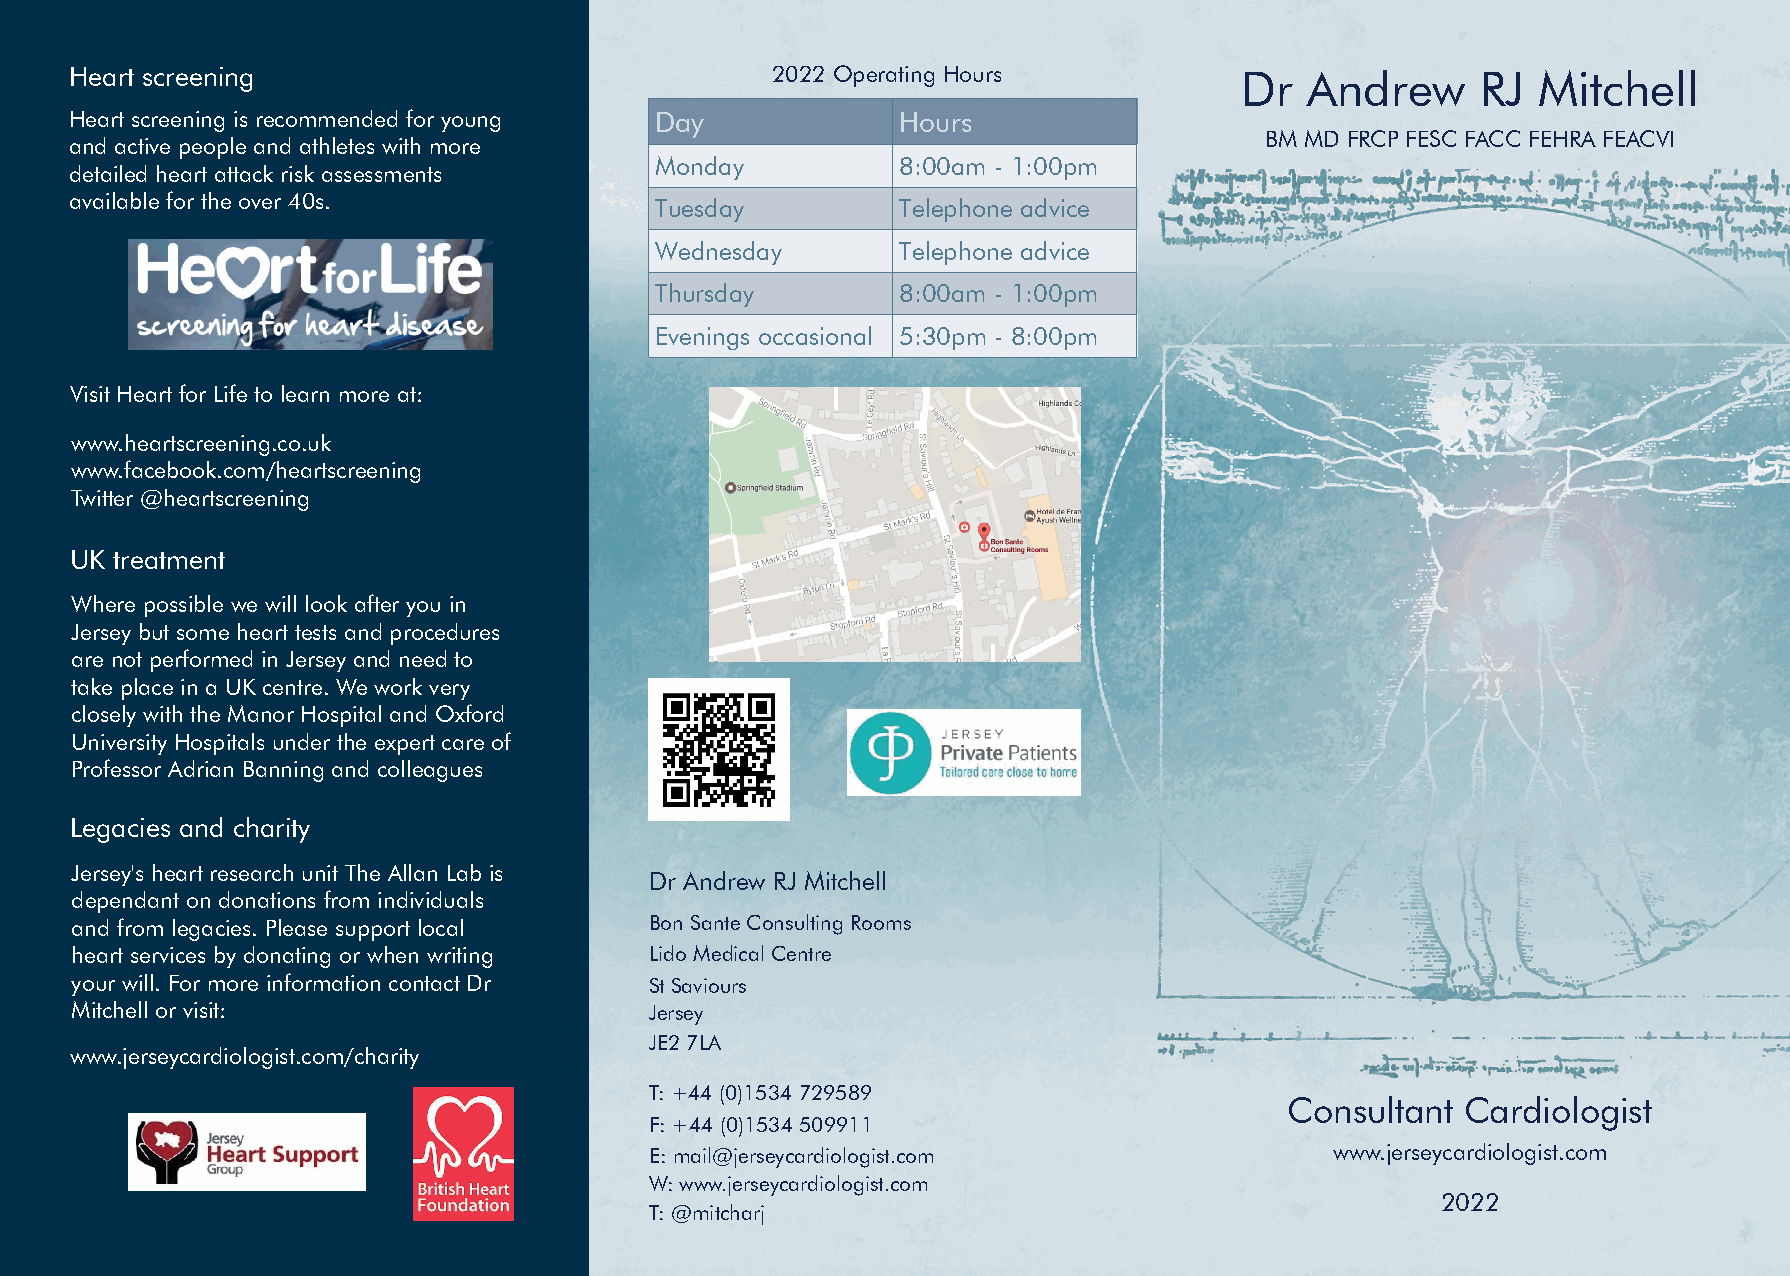
Heart screening                               2022 Operating Hours           Dr  Andrew      RJ  Mitchell
 Heart screening is recommended for young Day           Hours
 BM MD FRCP FESC FACC FEHRA FEACVI
 and active people and athletes with more
 Monday           8:00am - 1:00pm
 detailed heart attack risk assessments
 available for the over 40s.
 Tuesday          Telephone advice
 Wednesday        Telephone advice
 Thursday         8:00am - 1:00pm
 Evenings occasional 5:30pm - 8:00pm
 Visit Heart for Life to learn more at:
 www.heartscreening.co.uk
 www.facebook.com/heartscreening
 Twitter @heartscreening
 UK treatment
 Where possible we will look after you in
 Jersey but some heart tests and procedures
 are not performed in Jersey and need to
 take place in a UK centre. We work very
 closely with the Manor Hospital and Oxford
 University Hospitals under the expert care of
 Professor Adrian Banning and colleagues
 Legacies and charity
 Jersey's heart research unit The Allan Lab is
 Dr Andrew RJ Mitchell
 dependant on donations from individuals
 and from legacies. Please support local BonSanteConsultingRooms
 heart services by donating or when writing LidoMedicalCentre
 your will. For more information contact Dr StSaviours
 Mitchell or visit:                    Jersey
 JE27LA
 www.jerseycardiologist.com/charity
 T:+44(0)1534729589
 Consultant  Cardiologist
 F:+44(0)1534509911
 E:mail@jerseycardiologist.com                www.jerseycardiologist.com
 W:www.jerseycardiologist.com
 2022
 T:@mitcharj